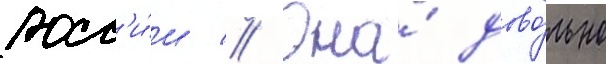
росс'и́и // Она́ дово́льно